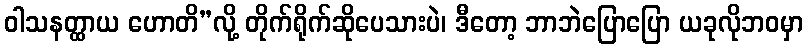
ဝါသနတ္ထာယ ဟောတိ”လို့ တိုက်ရိုက်ဆိုပေသားပဲ၊ ဒီတော့ ဘာဘဲပြောပြော ယခုလိုဘဝမှာ